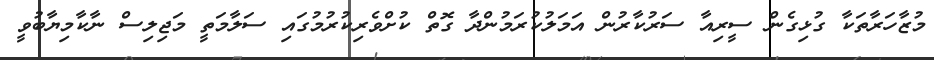
މުޒާހަރާތަކާ ގުޅިގެން ސީރިއާ ސަރުކާރުން އަމަލުކުރަމުންދާ ގޮތް ކުށްވެރިކުރުމުގައި ސަލާމަތީ މަޖިލިސް ނާކާމިޔާބުވީ